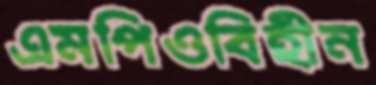
এমপিওবিহীন